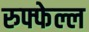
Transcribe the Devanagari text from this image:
रुफ्फेल्ल